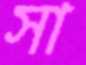
সা